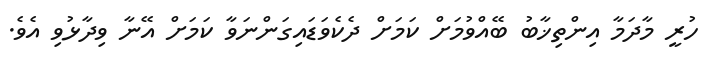
ހުރީ މާދަމާ އިންތިޚާބު ބޭއްވުމަށް ކަމަށް ދެކެވަޑައިގަންނަވާ ކަމަށް އޭނާ ވިދާޅުވި އެވެ.